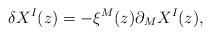
LaTeX: \begin{align*} \delta X^I(z) = -\xi^M(z) \partial_M X^I(z),\end{align*}